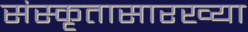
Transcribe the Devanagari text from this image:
संस्कृतासारख्या